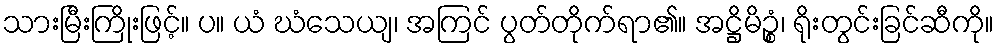
သားမြီးကြိုးဖြင့်။ ပ။ ယံ ဃံသေယျ၊ အကြင် ပွတ်တိုက်ရာ၏။ အဋ္ဌိမိဉ္စံ၊ ရိုးတွင်းခြင်ဆီကို။